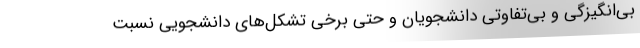
بی‌انگیزگی و بی‌تفاوتی دانشجویان و حتی برخی تشکل‌های دانشجویی نسبت